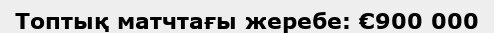
Топтық матчтағы жеребе: €900 000